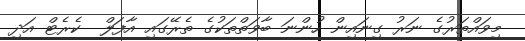
މިވައްތަރުގެ ނަރު ގިނައިން ހުންނަ ބާވަތްތަކުގެ ތެރޭގައި އާފަލް  ކެރެޓް އަދި